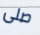
صلى